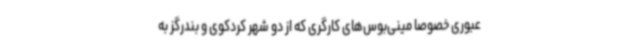
عبوری خصوصاً مینی‌بوس‌های کارگری که از دو شهر کردکوی و بندرگز به